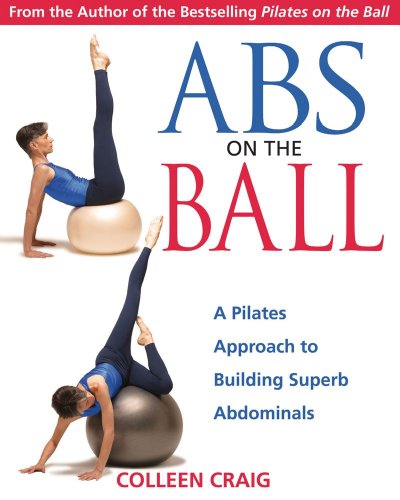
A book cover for Abs on the Ball: A Pilates Approach to Building Superb Abdominals; Colleen Craig; Health, Fitness & Dieting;